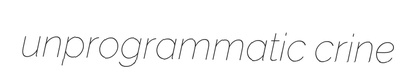
unprogrammatic crine